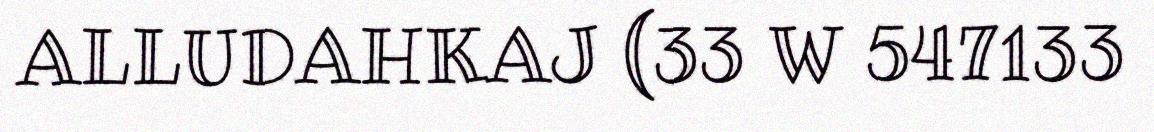
ALLUDAHKAJ (33 W 547133